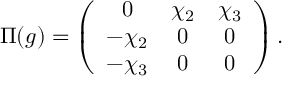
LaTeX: \Pi ( g ) = \left( \begin{array} { c c c } { { 0 } } & { { \chi _ { 2 } } } & { { \chi _ { 3 } } } \\ { { - \chi _ { 2 } } } & { { 0 } } & { { 0 } } \\ { { - \chi _ { 3 } } } & { { 0 } } & { { 0 } } \end{array} \right) .